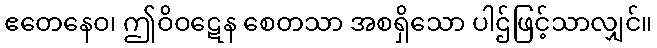
ဧတေနေဝ၊ ဤဝိဝဋေန စေတသာ အစရှိသော ပါဌ်ဖြင့်သာလျှင်။